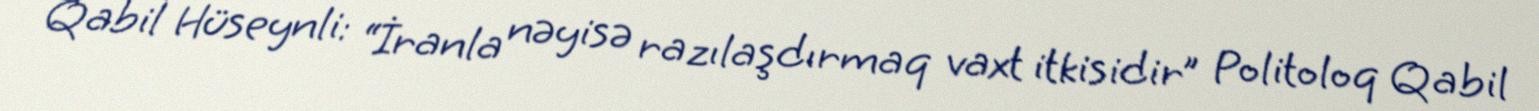
Qabil Hüseynli: “İranla nəyisə razılaşdırmaq vaxt itkisidir” Politoloq Qabil